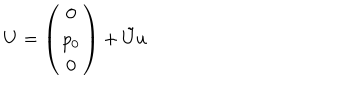
U = \left( \begin{array} { c } { { 0 } } \\ { { p _ { 0 } } } \\ { { 0 } } \\ \end{array} \right) + \tilde { U } u